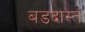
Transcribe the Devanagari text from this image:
बडदास्त